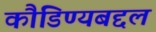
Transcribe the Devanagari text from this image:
कौडिण्यबद्दल